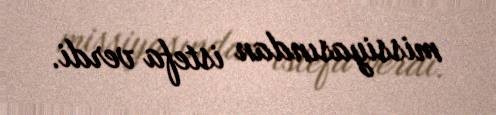
missiyasından istefa verdi.